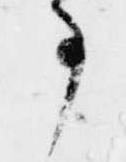
事